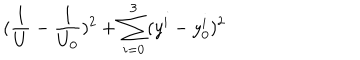
LaTeX: ( \frac { 1 } { U } - \frac { 1 } { U _ { 0 } } ) ^ { 2 } + \sum _ { i = 0 } ^ { 3 } ( y ^ { i } - y _ { 0 } ^ { i } ) ^ { 2 }